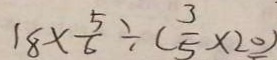
1 8 \times \frac { 5 } { 6 } \div ( \frac { 3 } { 5 } \times 2 0 )